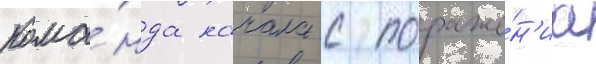
кома́нда начала с пораже́н'иа